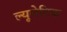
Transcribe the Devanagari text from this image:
ल्यूनेटिक